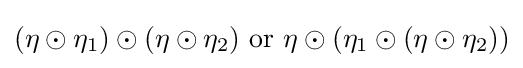
(\eta \odot \eta _{1})\odot (\eta \odot \eta _{2}){\text{ or }}\eta \odot (\eta _{1}\odot (\eta \odot \eta _{2}))